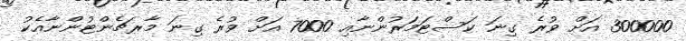
300000 އަށް ވުރެ ގިނަ ކަސްޓަމަރުންނާއި 7000 އަށް ވުރެ ގިނަ މާރޗެންޓުންނާއެކު